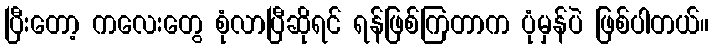
ပြီးတော့ ကလေးတွေ စုံလာပြီဆိုရင် ရန်ဖြစ်ကြတာက ပုံမှန်ပဲ ဖြစ်ပါတယ်။